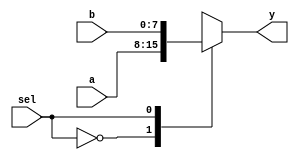
`timescale 1ns / 1ps

module mux_2x1(
    input [7:0] a, 
    input [7:0] b, 
    input sel,
    output reg [7:0] y
    );
    
    always @ (a, b, sel)
    begin
        case(sel)
            1'b0: y = a; // when sel = 0, output a
            1'b1: y = b; // when sel = 1, output b
        endcase
    end
endmodule